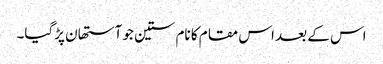
اس کے بعد اس مقام کا نام ستین جو آستھان پڑگیا۔